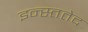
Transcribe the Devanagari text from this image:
इन्स्ततेद